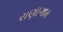
રાણીગામ